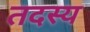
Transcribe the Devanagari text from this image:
तदस्य